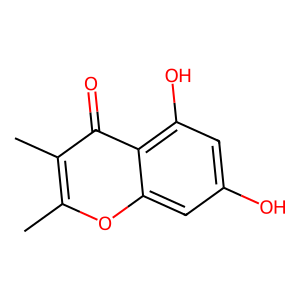
SMILES: Cc1oc2cc(O)cc(O)c2c(=O)c1C
Inhibits HIV replication: No